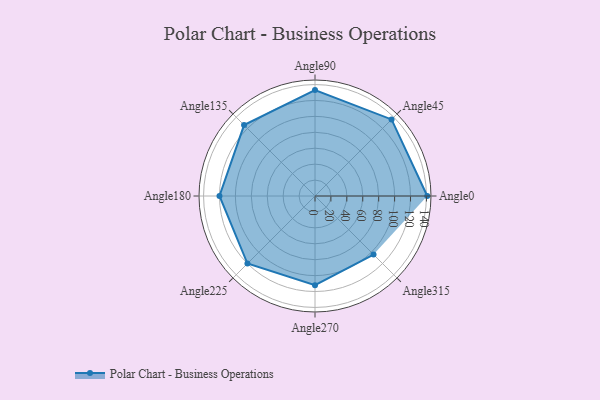
{"axis": {"x": "Angle", "y": "Radius"}, "legend": [""], "data": [{"x": "Angle0", "y": 141.0, "type": ""}, {"x": "Angle45", "y": 136.0, "type": ""}, {"x": "Angle90", "y": 133.0, "type": ""}, {"x": "Angle135", "y": 126.0, "type": ""}, {"x": "Angle180", "y": 120.0, "type": ""}, {"x": "Angle225", "y": 120.0, "type": ""}, {"x": "Angle270", "y": 112.0, "type": ""}, {"x": "Angle315", "y": 104.0, "type": ""}]}